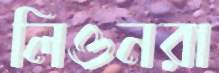
লিওনরা